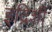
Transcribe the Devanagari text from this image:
इद्रिशी